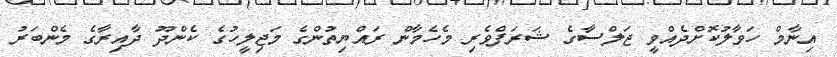
އިނާމް ހަވާލުކޮށްދެއްވީ ޖަލްސާގެ ޝަރަފްވެރި މެހެމާން ރައްޔިތުންގެ މަޖިލީހުގެ ކެންދޫ ދާއިރާގެ މެންބަރު